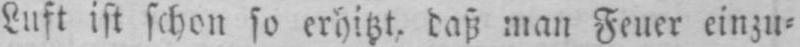
Luft ist schon so erhitzt, daß man Feuer einzu⸗